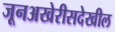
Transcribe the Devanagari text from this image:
जूनअखेरीसदेखील